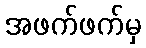
အဖက်ဖက်မှ